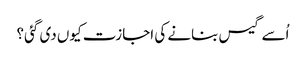
اُسے گیس بنانے کی اجازت کیوں دی گئی؟